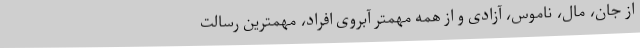
از جان، مال، ناموس، آزادی و از همه مهمتر آبروی افراد، مهمترین رسالت